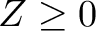
Z \geq 0